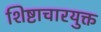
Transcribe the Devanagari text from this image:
शिष्टाचारयुक्त